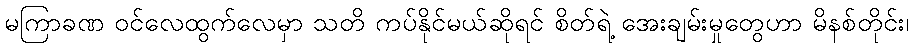
မကြာခဏ ဝင်လေထွက်လေမှာ သတိ ကပ်နိုင်မယ်ဆိုရင် စိတ်ရဲ့ အေးချမ်းမှုတွေဟာ မိနစ်တိုင်း၊